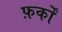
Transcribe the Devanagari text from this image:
फ़र्कों